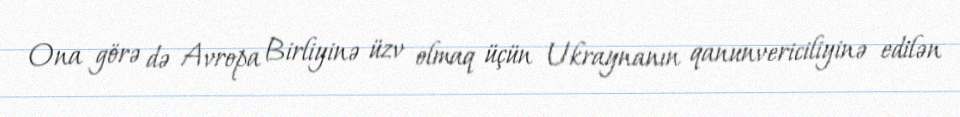
Ona görə də Avropa Birliyinə üzv olmaq üçün Ukraynanın qanunvericiliyinə edilən